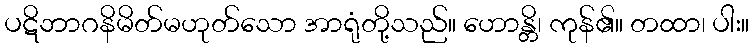
ပဋိဘာဂနိမိတ်မဟုတ်သော အာရုံတို့သည်။ ဟောန္တိ၊ ကုန်၏။ တထာ၊ ပါး။